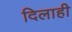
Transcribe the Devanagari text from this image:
दिलाही